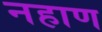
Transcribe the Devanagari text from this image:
नहाण